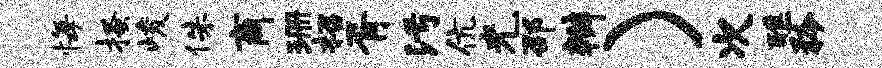
悔搔峻侏商珊招胥污伉光邵辫）次醮矜